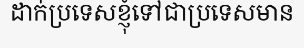
ដាក់ប្រទេសខ្ញុំទៅជាប្រទេសមាន